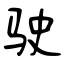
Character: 驶